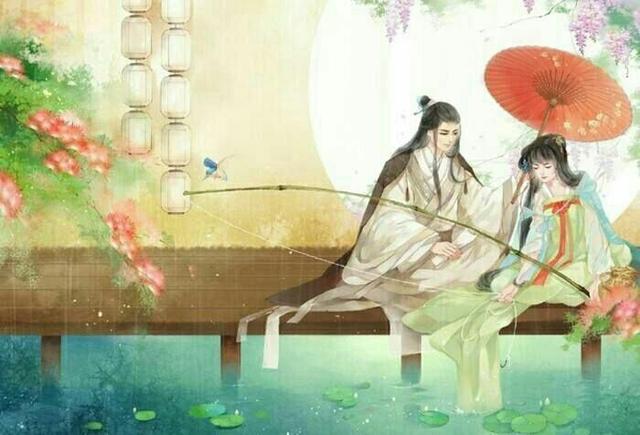
雨歇梧桐泪乍收，遣怀翻自忆从头。